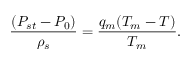
\frac { ( P _ { s t } - P _ { 0 } ) } { \rho _ { s } } = \frac { q _ { m } ( T _ { m } - T ) } { T _ { m } } .